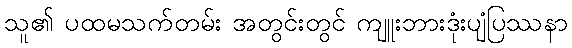
သူ၏ ပထမသက်တမ်း အတွင်းတွင် ကျူးဘားဒုံးပျံပြဿနာ